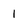
Character: 1